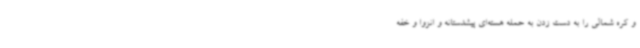
و کره شمالی را به دست زدن به حمله هسته‌ای پیشدستانه و انزوا و خفه